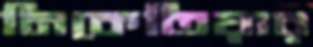
নিকেতিয়ার